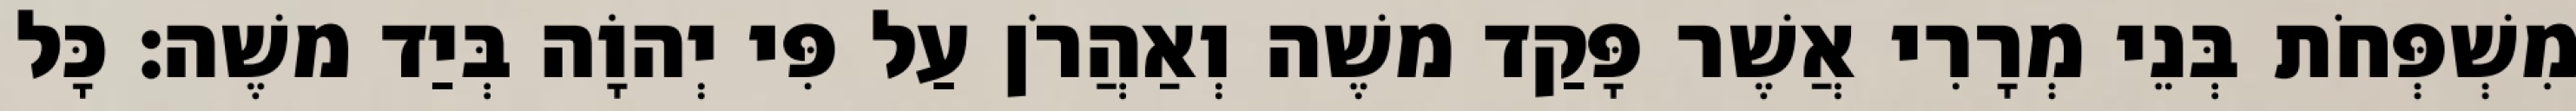
מִשְׁפְּחֹת בְּנֵי מְרָרִי אֲשֶׁר פָּקַד משֶׁה וְאַהֲרֹן עַל פִּי יְהוָֹה בְּיַד משֶׁה׃ כָּל